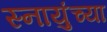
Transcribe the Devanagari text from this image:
स्नायुंच्या